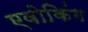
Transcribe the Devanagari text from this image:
एवोकिंग